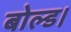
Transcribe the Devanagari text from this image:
बोल्ड।